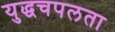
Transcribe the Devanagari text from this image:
युद्धचपलता